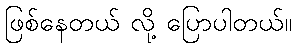
ဖြစ်နေတယ် လို့ ပြောပါတယ်။